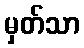
မှတ်သာ